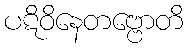
ပဋိဝိနေတဗ္ဗောတိ